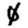
Digit: 0